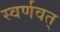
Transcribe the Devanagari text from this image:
स्वर्णवत्